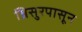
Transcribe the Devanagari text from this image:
थ्रिसुरपासून